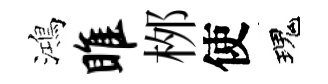
鴻雎桞使瑰